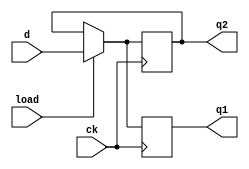
// Diseo:      block
// Archivo:     block.v
// Descripcin: Asignacin con y sin bloqueo
// Autor:       Jorge Juan <jjchico@gmail.com>
// Fecha:       05/06/2010

/*
   Leccin 6-3: Asignaciones con bloqueo y sin bloqueo.

   Un concepto muy importante a la hora de describir circuitos en Verilog es
   la diferencia entre las asignaciones con bloqueo (representadas por '=') y
   las asignaciones sin bloqueo (representadas por '<=') que pueden aparecer
   dentro de los procesos ('always' o 'initial'). La diferencia radica en la
   forma en que el simulador trata cada asignamiento y en la forma en que las
   herramientas de sntesis interpretan la funcionalidad que queremos
   describir.

   Asignaciones con bloqueo

   En las asignaciones con bloqueo ('=') se evala la parte derecha de la
   expresin y se asigna el valor a la parte izquierda antes de pasar a la
   siguiente expresin. Esta asignacin es equivalente a la asignacin de
   variables en el software. El orden de las asignaciones importa, por lo que
   el cdigo:

   q1 = 0; q2 = 1;
   q1 = q2;
   q2 = q1;

   tendr como resultado q1 = q2 = 1, mientras que el cdigo:

   q1 = 0; q2 = 1;
   q2 = q1;
   q1 = q1;

   tendr como resultado q1 = q2 = 0.

   Las asignaciones con bloqueo se emplean para describir comportamiento
   combinacional dentro de descripciones procedimentales, donde una variable
   puede ser asignada varias veces e interesa el valor final que obtenga.

   Asignaciones sin bloqueo

   En las asignaciones sin bloqueo ('<=') se evala la parte derecha de la
   expresin y el valor obtenido se guarda para su uso posterior, pero no se
   asigna a la parte izquierda de la expresin hasta que no se han evaluado
   todas las expresiones sin bloqueo en el procedimiento. De este modo, el
   orden en que son evaluadas estas asignaciones es irrelevante, de forma que
   el cdigo:

   q1 = 0; q2 = 1;
   q1 <= q2;
   q2 <= q1;

   tendr el mismo resultado que el cdigo:

   q1 = 0; q2 = 1;
   q2 <= q1;
   q1 <= q1;

   esto es, q1 = 1, q2 = 0

   Las asignaciones sin bloqueo representan bien el comporatamiento de
   elementos secuenciales: la parte derecha de la expresin representa el
   prximo estado, que no se har efectivo hasta que se produzca el evento que
   hace que se evale el procedimiento (tpicamente una condicin 'posedge'
   o 'negedge').

   Como regla general se debe usar '=' para asignar variables que representan
   funciones combinacionales, y se debe usar '<=' para asignar variables que
   puedan almacenar un valor.

   En esta leccin veremos dos versiones de un circuito con dos elementos
   de memoria (q1 y q2) cuyo objetivo es conmutar el contenido de estos
   elementos con cada flanco positivo de la seal de reloj. El circuito tiene
   una seal de carga 'load' y otra de dato 'd' que permite cargar un valor
   en 'q1' desde el exterior con objeto de poder inicializar el dispositivo
   a un estado conocido.

   En la primera descripcin (swap1) se emplean asignaciones con bloqueo y el
   resultado no es el esperado, mientras que en la segunda descripcin (swap2)
   se emplean asignaciones sin bloqueo para resolver el problema.
*/

`timescale 1ns / 1ps

//////////////////////////////////////////////////////////////////////////
// Conmutador 1 (usando asignaciones bloqueantes)                       //
//////////////////////////////////////////////////////////////////////////

module swap1 (
    input wire ck,      // reloj
    input wire load,    // seal de control de carga
    input wire d,       // dato a cargar en q1
    output reg q1,      // elemento 1
    output reg q2       // elemento 2
    );

    always @(posedge ck)
        if (load) begin // modo de carga
            q1 = d;
            /* a partir de aqu, q1 vale d */
            q2 = q1;
            /* a partir de aqu, q2 tambin vale d:
             * el valor de d se asigna tanto a q1 como a q2 */
        end else begin  // modo de conmutacin
            q1 = q2;
            /* a partir de aqu q1 toma el valor de q2 */
            q2 = q1;
            /* q2 toma el valor de q1 que es el que ya tena q2:
             * q1 y q2 toman el mismo valor igual al que ya
             * tena q2 */
        end
endmodule // swap1

//////////////////////////////////////////////////////////////////////////
// Conmutador 2 (usando asignaciones no bloqueantes)                    //
//////////////////////////////////////////////////////////////////////////

module swap2 (
    input wire ck,      // reloj
    input wire load,    // seal de control de carga
    input wire d,       // dato a cargar en q1
    output reg q1,      // elemento 1
    output reg q2       // elemento 2
    );

    always @(posedge ck)
        if (load) begin // modo de carga
            q1 <= d;
            /* el valor de d se reserva para ser asignado a q1,
             * pero q1 conserva por el momento su valor original */
            q2 <= q1;
            /* el valor original de q1 se reserva para ser
             * asignado a q2 */
        end else begin  // modo de conmutacin
            /* finalmente, si se cumple la condicin anterior, las variables
            * se asignan con los valores reservados:
            *   q1 toma el valor de d
            *   q2 toma el valor que tena q1 antes de ser asignado */
            q1 <= q2;    /* se reserva el valor de q2 para ser
                          * asignado a q1 */
            q2 <= q1;    /* se reserva el valor de q1 para ser
                          * asignado a q2 */
        end
        /* q1 se asigna con el valor inicial de q2 y viceversa: los
         * contenidos de q1 y q2 se intercambian. */
endmodule // swap2

/*
   (contina en block_tb.v)
*/